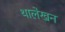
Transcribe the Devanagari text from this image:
थालेखन